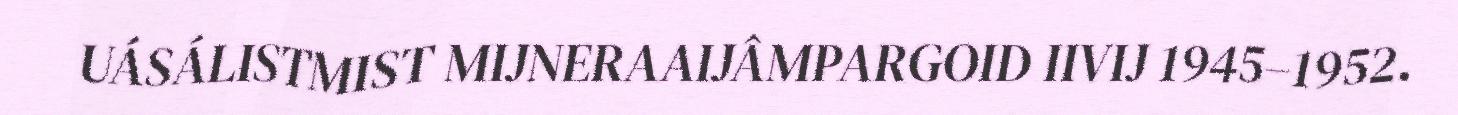
UÁSÁLISTMIST MIJNERAAIJÂMPARGOID IIVIJ 1945–1952.